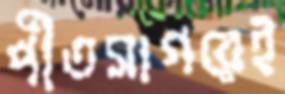
পীতসাগরেই